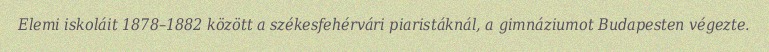
Elemi iskoláit 1878–1882 között a székesfehérvári piaristáknál, a gimnáziumot Budapesten végezte.